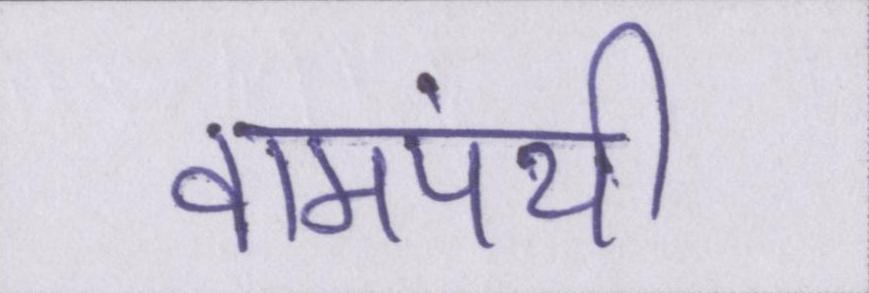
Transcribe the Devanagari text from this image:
वामपंथी